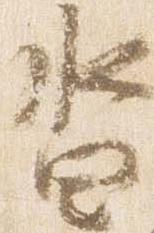
沓